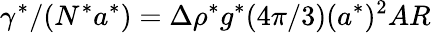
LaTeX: \gamma^{*}/(N^{*}a^{*})=\Delta\rho^{*}g^{*}({4\pi}/{3})(a^{*})^{2}AR~